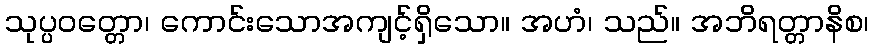
သုပ္ပဝတ္တော၊ ကောင်းသောအကျင့်ရှိသော။ အဟံ၊ သည်။ အဘိရတ္တာနိစ၊